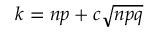
k = n p + c { \sqrt { n p q } }